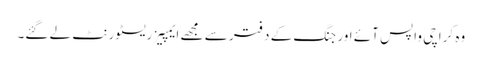
وہ کراچی واپس آئے اور جنگ کے دفتر سے مجھے ایمپیز ریسٹورنٹ لے گئے۔